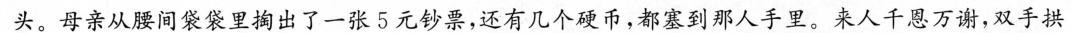
头。母亲从腰间里掏出了一张5元钞票，还有几个硬币，都塞到那人手里。来人千恩万谢，双手拱